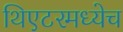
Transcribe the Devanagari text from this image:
थिएटरमध्येच